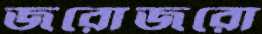
জরোজরো